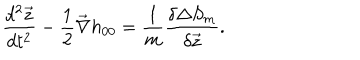
LaTeX: \frac { d ^ { 2 } { \vec { z } } } { d t ^ { 2 } } - \frac { 1 } { 2 } { \vec { \nabla } } h _ { 0 0 } = \frac { 1 } { m } \frac { \delta \Delta S _ { m } } { \delta { \vec { z } } } .